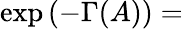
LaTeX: \exp\left(-\Gamma(A)\right)=